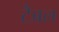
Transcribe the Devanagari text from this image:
टैबल